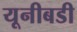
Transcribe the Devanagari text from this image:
यूनीबडी